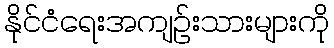
နိုင်ငံရေးအကျဉ်းသားများကို